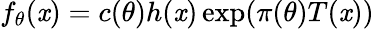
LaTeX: f_{\theta}(\mathit{x})=c(\theta)h(\mathit{x})\exp(\pi(\theta)T(\mathit{x}))